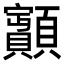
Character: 𩕽